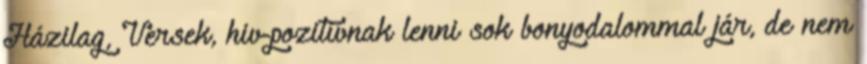
Házilag, Versek, hiv-pozitívnak lenni sok bonyodalommal jár, de nem